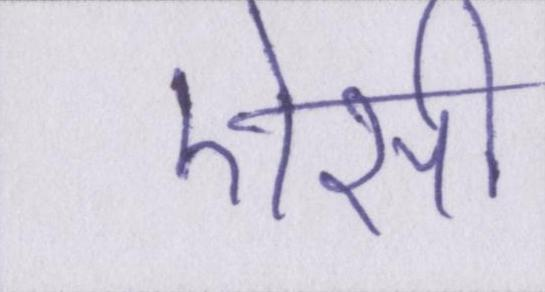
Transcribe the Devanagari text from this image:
ऐसी